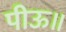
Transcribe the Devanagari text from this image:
पीऊ॥